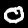
Digit: 0